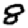
Digit: 8